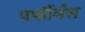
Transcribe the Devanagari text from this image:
पर्फौर्मंस